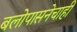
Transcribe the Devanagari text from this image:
बलोपासनेचाही